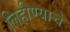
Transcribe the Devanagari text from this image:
लिहीण्याचे